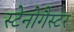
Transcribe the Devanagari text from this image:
स्टेनोगैस्टर